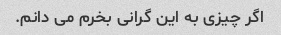
اگر چیزی به این گرانی بخرم می دانم.